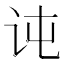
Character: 𰵍